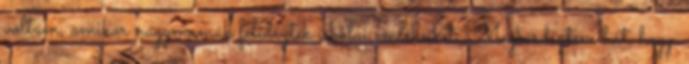
voltam, amikor nagymamák felidézték iskolai emlékeiket. Megkérdeztem hát, hogy.